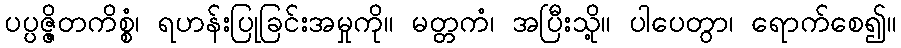
ပပ္ပဇ္ဇိတကိစ္စံ၊ ရဟန်းပြုခြင်းအမှုကို။ မတ္တကံ၊ အပြီးသို့။ ပါပေတွာ၊ ရောက်စေ၍။